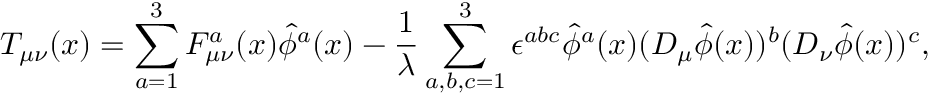
T _ { \mu \nu } ( x ) = \sum _ { a = 1 } ^ { 3 } F _ { \mu \nu } ^ { a } ( x ) \widehat { \phi } ^ { a } ( x ) - \frac { 1 } { \lambda } \sum _ { a , b , c = 1 } ^ { 3 } \epsilon ^ { a b c } \widehat { \phi } ^ { a } ( x ) ( D _ { \mu } \widehat { \phi } ( x ) ) ^ { b } ( D _ { \nu } \widehat { \phi } ( x ) ) ^ { c } ,